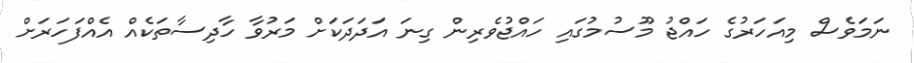
ނަމަވެސް މިއަހަރުގެ ހައްޖު މޫސުމުގައި ހައްޖުވެރިން ގިނަ އަދަދަކަށް މަރުވާ ހާދިސާތަކެއް އެއްފަހަރަށް